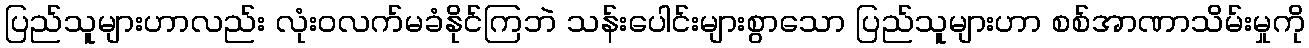
ပြည်သူများဟာလည်း လုံးဝလက်မခံနိုင်ကြဘဲ သန်းပေါင်းများစွာသော ပြည်သူများဟာ စစ်အာဏာသိမ်းမှုကို